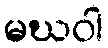
မဃဝါ